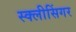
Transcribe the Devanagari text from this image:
स्क्लीसिंगर